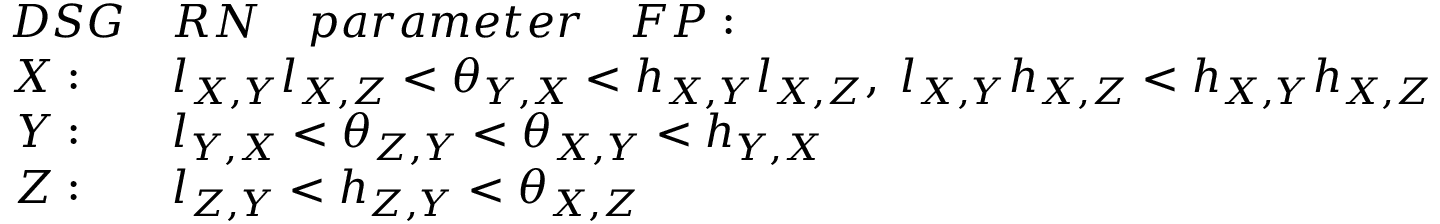
\begin{array} { r l } { D S G } & { R N \quad p a r a m e t e r \quad F P : \quad } \\ { X : \quad } & { l _ { X , Y } l _ { X , Z } < \theta _ { Y , X } < h _ { X , Y } l _ { X , Z } , \; l _ { X , Y } h _ { X , Z } < h _ { X , Y } h _ { X , Z } } \\ { Y : \quad } & { l _ { Y , X } < \theta _ { Z , Y } < \theta _ { X , Y } < h _ { Y , X } } \\ { Z : \quad } & { l _ { Z , Y } < h _ { Z , Y } < \theta _ { X , Z } } \end{array}